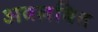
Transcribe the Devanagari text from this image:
अवलबित